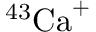
^ { 4 3 } \mathrm { C a } ^ { + }